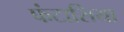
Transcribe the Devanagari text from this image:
फंटासिया